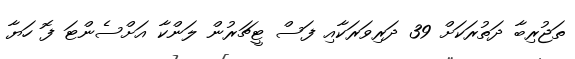
ތަޖުރިބާ ދަތުރަކަށް 39 ދަރިވަރަކާއި ފަސް ޓީޗަރުން ލަންކާ އަށްސެންޓަ ފޮ ހަޔާ